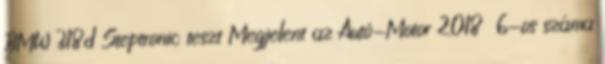
BMW 318d Steptronic teszt Megjelent az Autó-Motor 2018 6-os száma